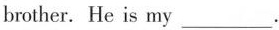
brother. He is my _.